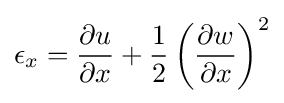
\epsilon _{x}={\frac {\partial u}{\partial x}}+{\frac {1}{2}}\left({\frac {\partial w}{\partial x}}\right)^{2}